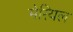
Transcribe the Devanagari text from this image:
मेरियल